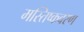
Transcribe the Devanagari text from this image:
मस्तिष्कवरण